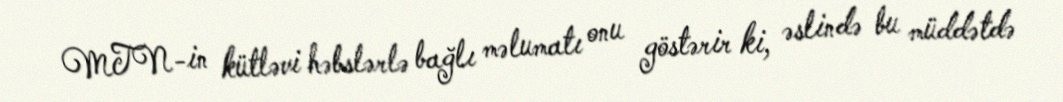
MTN-in kütləvi həbslərlə bağlı məlumatı onu göstərir ki, əslində bu müddətdə